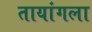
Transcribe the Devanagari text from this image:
तायांगला